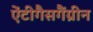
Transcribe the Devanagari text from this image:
ऐंटीगैसगैंग्रीन